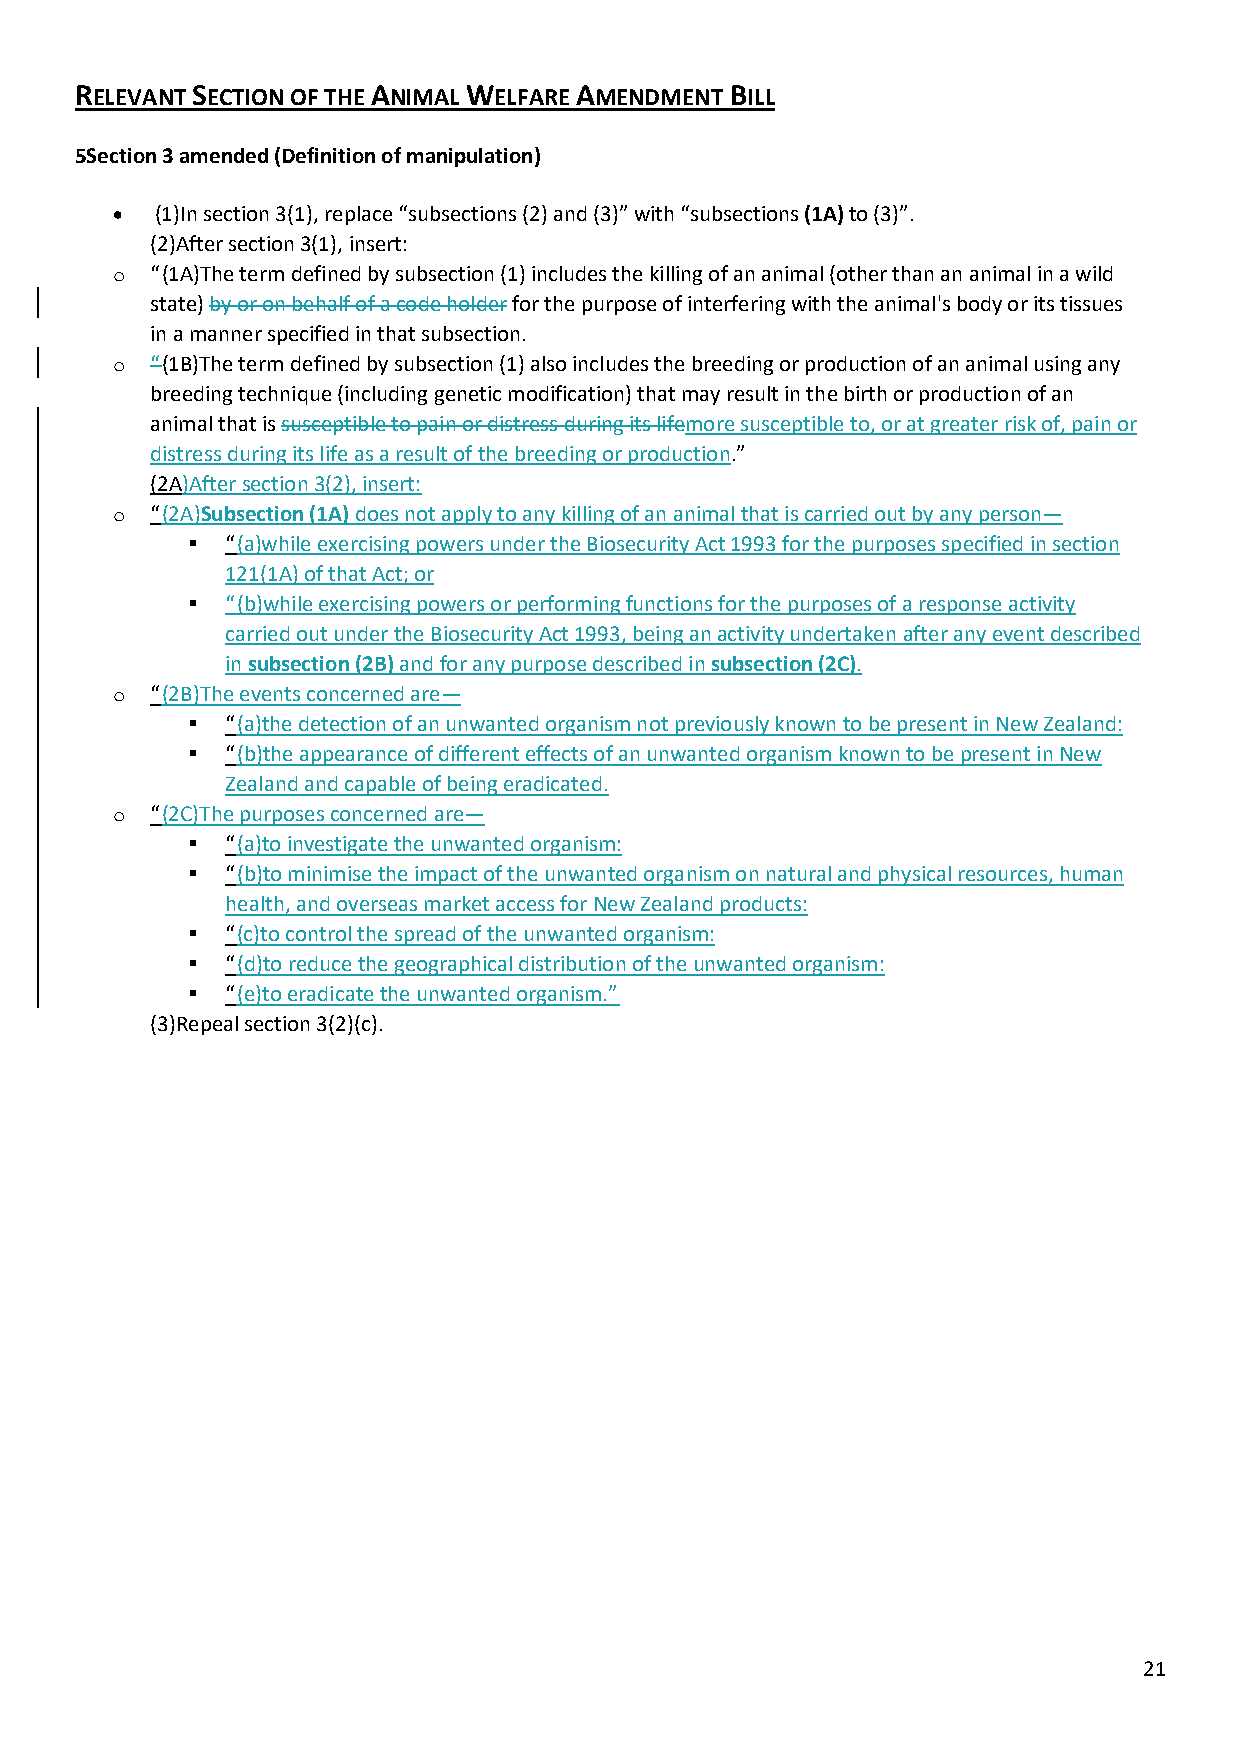
RELEVANT SECTION OF THE ANIMAL WELFARE AMENDMENT BILL
 5Section 3 amended (Definition of manipulation)
 •  (1)In section 3(1), replace “subsections (2) and (3)” with “subsections (1A) to (3)”.
 (2)After section 3(1), insert:
 o  “(1A)The term defined by subsection (1) includes the killing of an animal (other than an animal in a wild
 state) by or on behalf of a code holder for the purpose of interfering with the animal's body or its tissues
 in a manner specified in that subsection.
 o  “(1B)The term defined by subsection (1) also includes the breeding or production of an animal using any
 breeding technique (including genetic modification) that may result in the birth or production of an
 animal that is susceptible to pain or distress during its lifemore susceptible to, or at greater risk of, pain or
 distress during its life as a result of the breeding or production.”
 (2A)After section 3(2), insert:
 o  “(2A)Subsection (1A) does not apply to any killing of an animal that is carried out by any person—
 ▪  “(a)while exercising powers under the Biosecurity Act 1993 for the purposes specified in section
 121(1A) of that Act; or
 ▪  “(b)while exercising powers or performing functions for the purposes of a response activity
 carried out under the Biosecurity Act 1993, being an activity undertaken after any event described
 in subsection (2B) and for any purpose described in subsection (2C).
 o  “(2B)The events concerned are—
 ▪  “(a)the detection of an unwanted organism not previously known to be present in New Zealand:
 ▪  “(b)the appearance of different effects of an unwanted organism known to be present in New
 Zealand and capable of being eradicated.
 o  “(2C)The purposes concerned are—
 ▪  “(a)to investigate the unwanted organism:
 ▪  “(b)to minimise the impact of the unwanted organism on natural and physical resources, human
 health, and overseas market access for New Zealand products:
 ▪  “(c)to control the spread of the unwanted organism:
 ▪  “(d)to reduce the geographical distribution of the unwanted organism:
 ▪  “(e)to eradicate the unwanted organism.”
 (3)Repeal section 3(2)(c).
 21